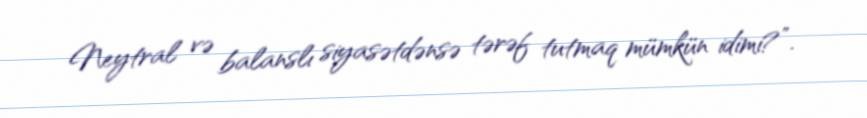
Neytral və balanslı siyasətdənsə tərəf tutmaq mümkün idimi?”.